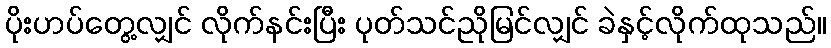
ပိုးဟပ်တွေ့လျှင် လိုက်နင်းပြီး ပုတ်သင်ညိုမြင်လျှင် ခဲနှင့်လိုက်ထုသည်။